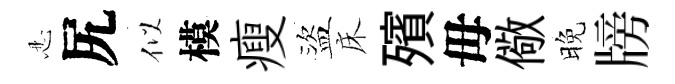
忍尻似模瘦盜床殯毋儆晚牓